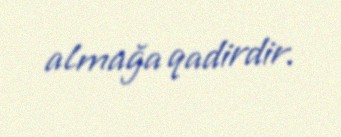
almağa qadirdir.